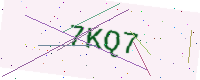
Text: 7KQ7